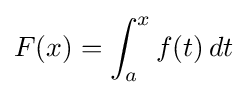
F(x)=\int _{a}^{x}f(t)\,dt